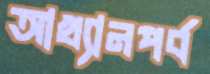
আখ্যানপর্ব